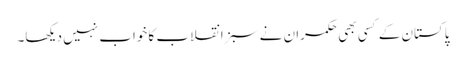
پاکستان کے کسی بھی حکمران نے سبز انقلاب کا خواب نہیں دیکھا۔